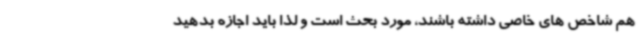
هم شاخص های خاصی داشته باشند، مورد بحث است و لذا باید اجازه بدهید